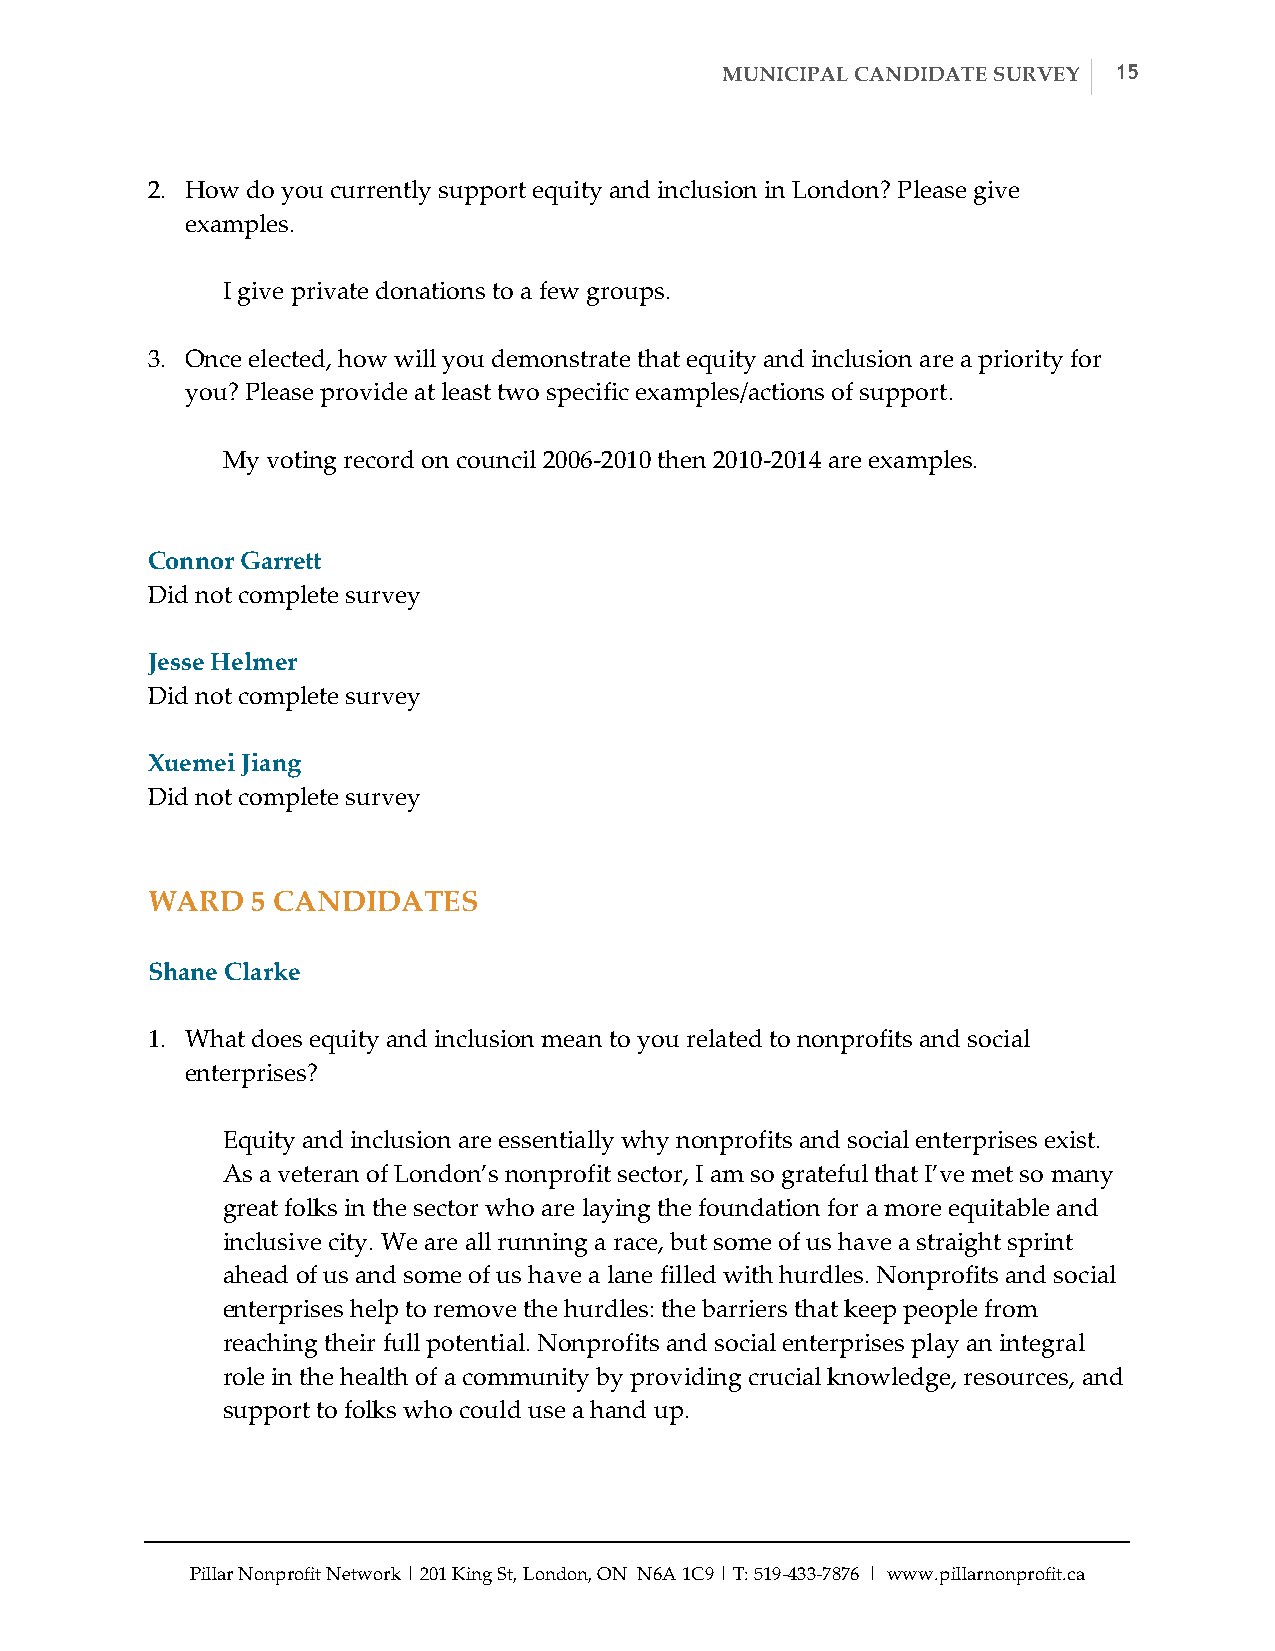
MUNICIPAL CANDIDATE SURVEY 15
 2. How do you currently support equity and inclusion in London? Please give
 examples.
 I give private donations to a few groups.
 3. Once elected, how will you demonstrate that equity and inclusion are a priority for
 you? Please provide at least two specific examples/actions of support.
 My voting record on council 2006-­‐‑2010 then 2010-­‐‑2014 are examples.
 Connor Garrett
 Did not complete survey
 Jesse Helmer
 Did not complete survey
 Xuemei Jiang
 Did not complete survey
 WARD   5 CANDIDATES
 Shane Clarke
 1. What does equity and inclusion mean to you related to nonprofits and social
 enterprises?
 Equity and inclusion are essentially why nonprofits and social enterprises exist.
 As a veteran of London’s nonprofit sector, I am so grateful that I’ve met so many
 great folks in the sector who are laying the foundation for a more equitable and
 inclusive city. We are all running a race, but some of us have a straight sprint
 ahead of us and some of us have a lane filled with hurdles. Nonprofits and social
 enterprises help to remove the hurdles: the barriers that keep people from
 reaching their full potential. Nonprofits and social enterprises play an integral
 role in the health of a community by providing crucial knowledge, resources, and
 support to folks who could use a hand up.
 Pillar Nonprofit Network | 201 King St, London, ON N6A 1C9 | T: 519-­‐‑433-­‐‑7876 | www.pillarnonprofit.ca